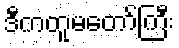
ဒီကတူမတော်ကြီး